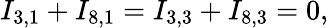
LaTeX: I_{3,1}+I_{8,1}=I_{3,3}+I_{8,3}=0,